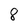
Character: 8